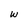
Character: w